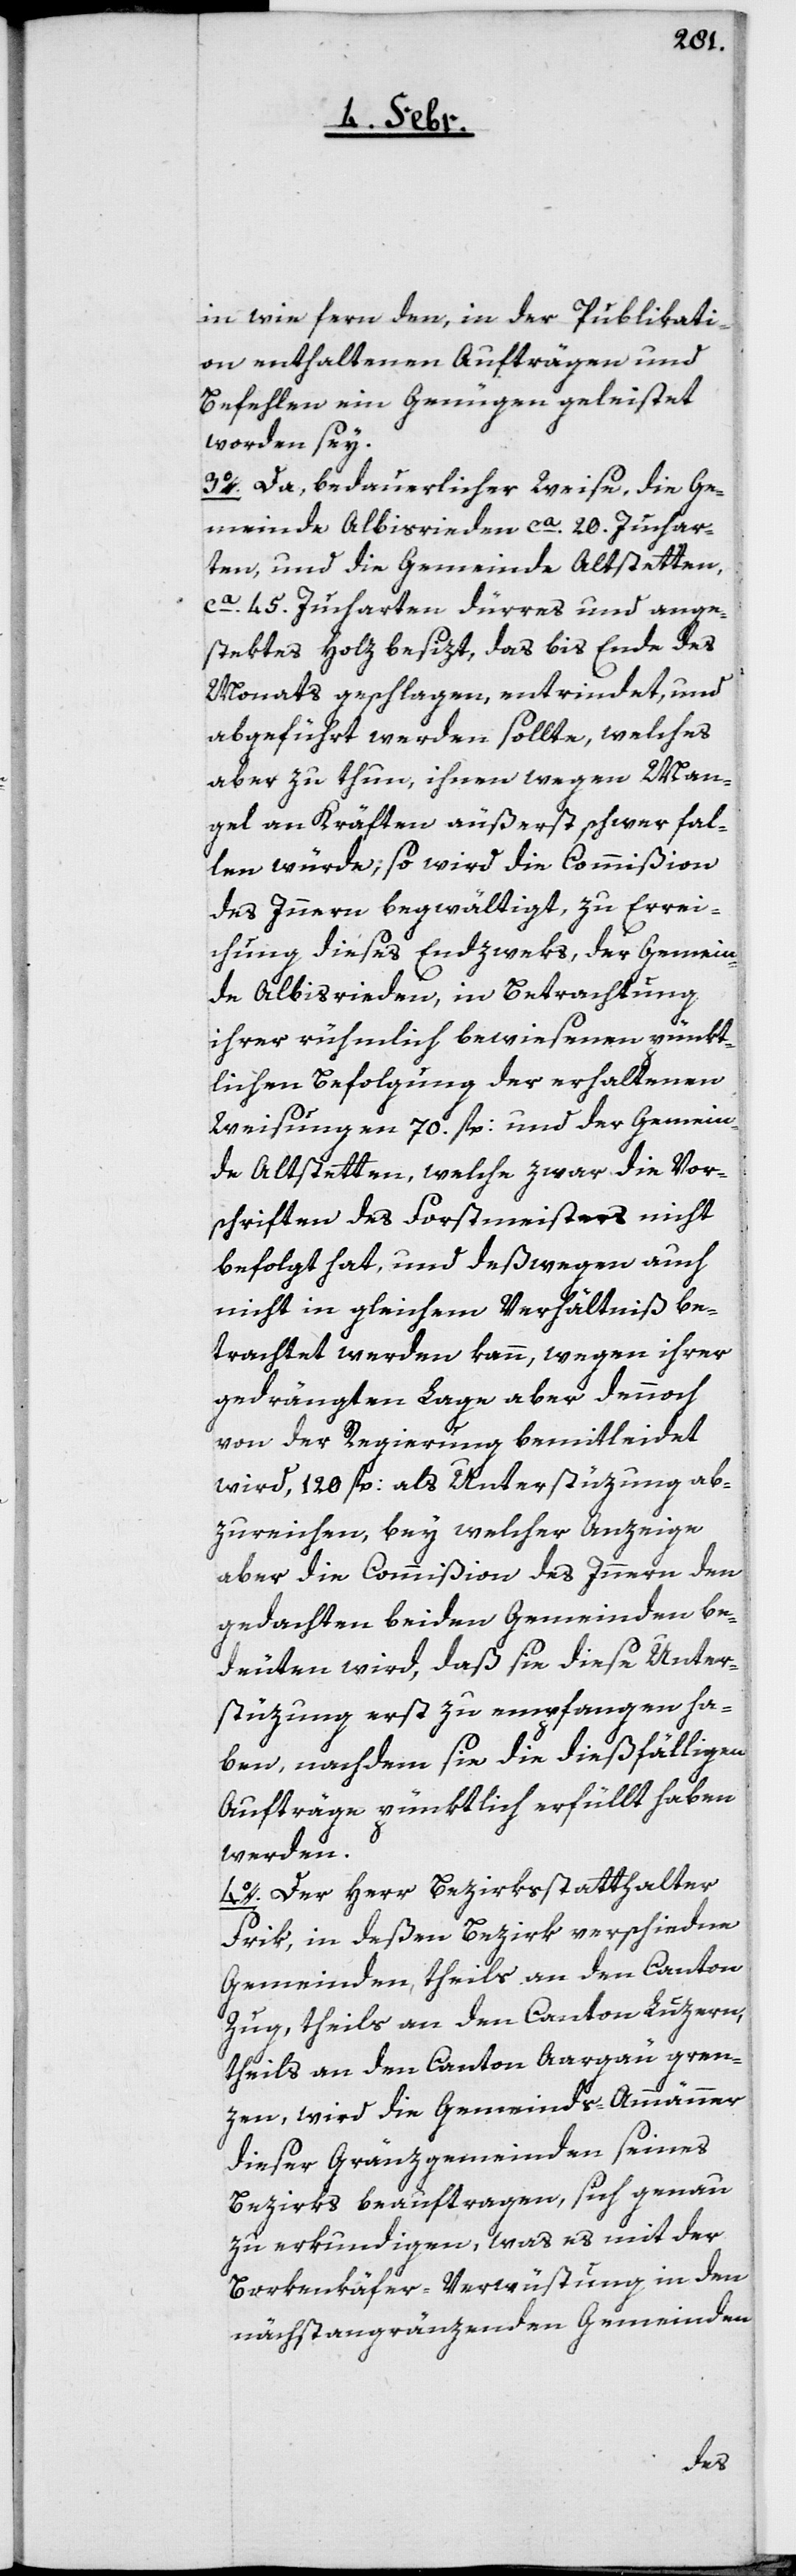
in wie fern den, in der Publikati¬
on enthaltenen Aufträgen und
Befehlen ein Genügen geleistet
worden sey.
3o. Da bedauerlicher Weise, die Ge¬
meinde Albisrieden ca. 20. Juchar¬
ten, und die Gemeinde Altstetten
ca. 45. Jucharten dürres und ange¬
stektes Holz besizt, das bis Ende des
Monats geschlagen, entrindet und
abgeführt werden sollte, welches
aber zu thun, ihnen wegen Man¬
gel an Kräften äußerst schwer fal¬
len würde; so wird die Commißion
des Innern begwältigt, zu Errei¬
chung dieses Endzweks, der Gemein¬
de Albisrieden, in Betrachtung
ihrer rühmlich bewiesenen pünkt¬
lichen Befolgung der erhaltenen
Weisungen 70. fl: und der Gemein¬
de Altstetten, welche zwar die Vor¬
schriften des Forstmeisters nicht
befolgt hat, und deßwegen auch
nicht in gleichem Verhältniß be¬
trachtet werden kann, wegen ihrer
gedrängten Lage aber dennoch
von der Regierung bemitleidet
wird, 120 fl: als Unterstüzung ab¬
zureichen, bey welcher Anzeige
aber die Commißion des Innern den
gedachten beiden Gemeinden be¬
deuten wird, daß sie diese Unter¬
stüzung erst zu empfangen ha¬
ben, nachdem sie die dießfälligen
Aufträge pünktlich erfüllt haben
werden.
4o. Der Herr Bezirksstatthalter
Frik, in deßen Bezirk verschiedene
Gemeinden, theils an den Canton
Zug, theils an den Canton Luzern,
theils an den Canton Aargäu gren¬
zen, wird die Gemeinds-Ammänner
dieser Gränzgemeinden seines
Bezirks beauftragen, sich genau
zu erkundigen, was es mit der
Borkenkäfer-Verwüstung in den
nächstangränzenden Gemeinden